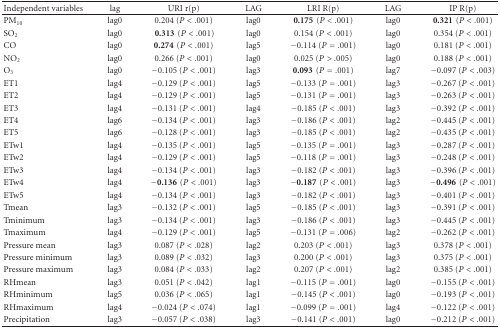
<table><thead><tr><td><b>Independent variables</b></td><td><b>lag</b></td><td><b>URI r(p)</b></td><td><b>LAG</b></td><td><b>LRI R(p)</b></td><td><b>LAG</b></td><td><b>IP R(p)</b></td></tr></thead><tbody><tr><td>PM<sub>10</sub></td><td>lag0</td><td> 0.204 (<i>P</i> &lt; .001)</td><td>lag0</td><td><b>0.175</b>(<i>P</i> &lt; .001)</td><td>lag0</td><td><b>0.321</b>(<i>P</i> &lt; .001)</td></tr><tr><td>SO<sub>2</sub></td><td>lag0</td><td><b> 0.313</b>(<i>P</i> &lt; .001)</td><td>lag0</td><td> 0.154 (<i>P</i> &lt; .001)</td><td>lag0</td><td> 0.354 (<i>P</i> &lt; .001)</td></tr><tr><td>CO</td><td>lag0</td><td><b>0.274</b>(<i>P</i> &lt; .001)</td><td>lag5</td><td>−0.114 (<i>P</i> = .001)</td><td>lag0</td><td> 0.181 (<i>P</i> &lt; .001)</td></tr><tr><td>NO<sub>2</sub></td><td>lag0</td><td> 0.266 (<i>P</i> &lt; .001)</td><td>lag0</td><td> 0.025 (<i>P</i> &gt; .005)</td><td>lag0</td><td> 0.188 (<i>P</i> &lt; .001)</td></tr><tr><td>O<sub>3</sub></td><td>lag0</td><td>−0.105 (<i>P</i> &lt; .001)</td><td>lag3</td><td><b>0.093</b>(<i>P</i> = .001)</td><td>lag7</td><td>−0.097 (<i>P</i> &lt; .003)</td></tr><tr><td>ET1</td><td>lag4</td><td>−0.129 (<i>P</i> &lt; .001)</td><td>lag5</td><td>−0.133 (<i>P</i> = .001)</td><td>lag3</td><td>−0.267 (<i>P</i> &lt; .001)</td></tr><tr><td>ET2</td><td>lag4</td><td>−0.129 (<i>P</i> &lt; .001)</td><td>lag5</td><td>−0.131 (<i>P</i> = .001)</td><td>lag3</td><td>−0.263 (<i>P</i> &lt; .001)</td></tr><tr><td>ET3</td><td>lag4</td><td>−0.131 (<i>P</i> &lt; .001)</td><td>lag4</td><td>−0.185 (<i>P</i> &lt; .001)</td><td>lag3</td><td>−0.392 (<i>P</i> &lt; .001)</td></tr><tr><td>ET4</td><td>lag6</td><td>−0.134 (<i>P</i> &lt; .001)</td><td>lag3</td><td>−0.186 (<i>P</i> &lt; .001)</td><td>lag2</td><td>−0.445 (<i>P</i> &lt; .001)</td></tr><tr><td>ET5</td><td>lag6</td><td>−0.128 (<i>P</i> &lt; .001)</td><td>lag3</td><td>−0.185 (<i>P</i> &lt; .001)</td><td>lag2</td><td>−0.435 (<i>P</i> &lt; .001)</td></tr><tr><td>ETw1</td><td>lag4</td><td>−0.135 (<i>P</i> &lt; .001)</td><td>lag5</td><td>−0.135 (<i>P</i> = .001)</td><td>lag3</td><td>−0.287 (<i>P</i> &lt; .001)</td></tr><tr><td>ETw2</td><td>lag4</td><td>−0.129 (<i>P</i> &lt; .001)</td><td>lag5</td><td>−0.118 (<i>P</i> = .001)</td><td>lag3</td><td>−0.248 (<i>P</i> &lt; .001)</td></tr><tr><td>ETw3</td><td>lag4</td><td>−0.134 (<i>P</i> &lt; .001)</td><td>lag3</td><td>−0.182 (<i>P</i> &lt; .001)</td><td>lag3</td><td>−0.396 (<i>P</i> &lt; .001)</td></tr><tr><td>ETw4</td><td>lag4</td><td>−<b>0.136</b>(<i>P</i> &lt; .001)</td><td>lag3</td><td>−<b>0.187</b>(<i>P</i> &lt; .001)</td><td>lag3</td><td>−<b>0.496</b>(<i>P</i> &lt; .001)</td></tr><tr><td>ETw5</td><td>lag4</td><td>−0.134 (<i>P</i> &lt; .001)</td><td>lag3</td><td>−0.182 (<i>P</i> &lt; .001)</td><td>lag3</td><td>−0.401 (<i>P</i> &lt; .001)</td></tr><tr><td>Tmean</td><td>lag3</td><td>−0.132 (<i>P</i> &lt; .001)</td><td>lag5</td><td>−0.185 (<i>P</i> &lt; .001)</td><td>lag3</td><td>−0.391 (<i>P</i> &lt; .001)</td></tr><tr><td>Tminimum</td><td>lag3</td><td>−0.134 (<i>P</i> &lt; .001)</td><td>lag3</td><td>−0.186 (<i>P</i> &lt; .001)</td><td>lag3</td><td>−0.445 (<i>P</i> &lt; .001)</td></tr><tr><td>Tmaximum</td><td>lag4</td><td>−0.129 (<i>P</i> &lt; .001)</td><td>lag5</td><td>−0.131 (<i>P</i> = .006)</td><td>lag2</td><td>−0.262 (<i>P</i> &lt; .001)</td></tr><tr><td>Pressure mean</td><td>lag3</td><td> 0.087 (<i>P</i> &lt; .028)</td><td>lag2</td><td> 0.203 (<i>P</i> &lt; .001)</td><td>lag3</td><td> 0.378 (<i>P</i> &lt; .001)</td></tr><tr><td>Pressure minimum</td><td>lag3</td><td> 0.089 (<i>P</i> &lt; .032)</td><td>lag3</td><td> 0.200 (<i>P</i> &lt; .001)</td><td>lag3</td><td> 0.375 (<i>P</i> &lt; .001)</td></tr><tr><td>Pressure maximum</td><td>lag3</td><td> 0.084 (<i>P</i> &lt; .033)</td><td>lag2</td><td> 0.207 (<i>P</i> &lt; .001)</td><td>lag2</td><td> 0.385 (<i>P</i> &lt; .001)</td></tr><tr><td>RHmean</td><td>lag3</td><td> 0.051 (<i>P</i> &lt; .042)</td><td>lag1</td><td>−0.115 (<i>P</i> = .001)</td><td>lag0</td><td>−0.155 (<i>P</i> &lt; .001)</td></tr><tr><td>RHminimum</td><td>lag5</td><td> 0.036 (<i>P</i> &lt; .065)</td><td>lag1</td><td>−0.145 (<i>P</i> &lt; .001)</td><td>lag0</td><td>−0.193 (<i>P</i> &lt; .001)</td></tr><tr><td>RHmaximum</td><td>lag4</td><td>−0.024 (<i>P</i> &lt; .074)</td><td>lag1</td><td>−0.099 (<i>P</i> = .001)</td><td>lag4</td><td>−0.122 (<i>P</i> &lt; .001)</td></tr><tr><td>Precipitation</td><td>lag3</td><td>−0.057 (<i>P</i> &lt; .038)</td><td>lag3</td><td>−0.141 (<i>P</i> &lt; .001)</td><td>lag0</td><td>−0.212 (<i>P</i> &lt; .001)</td></tr></tbody></table>